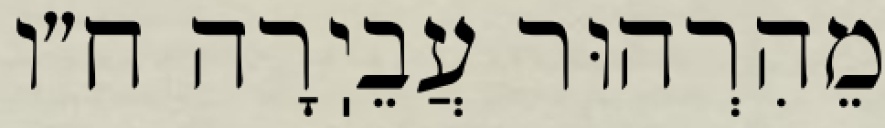
מֵהִרְהוּר עֲבֵיֽרָה ח״ו